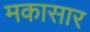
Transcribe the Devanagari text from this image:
मकासार